Trukikaitis_Postimees, lk 504
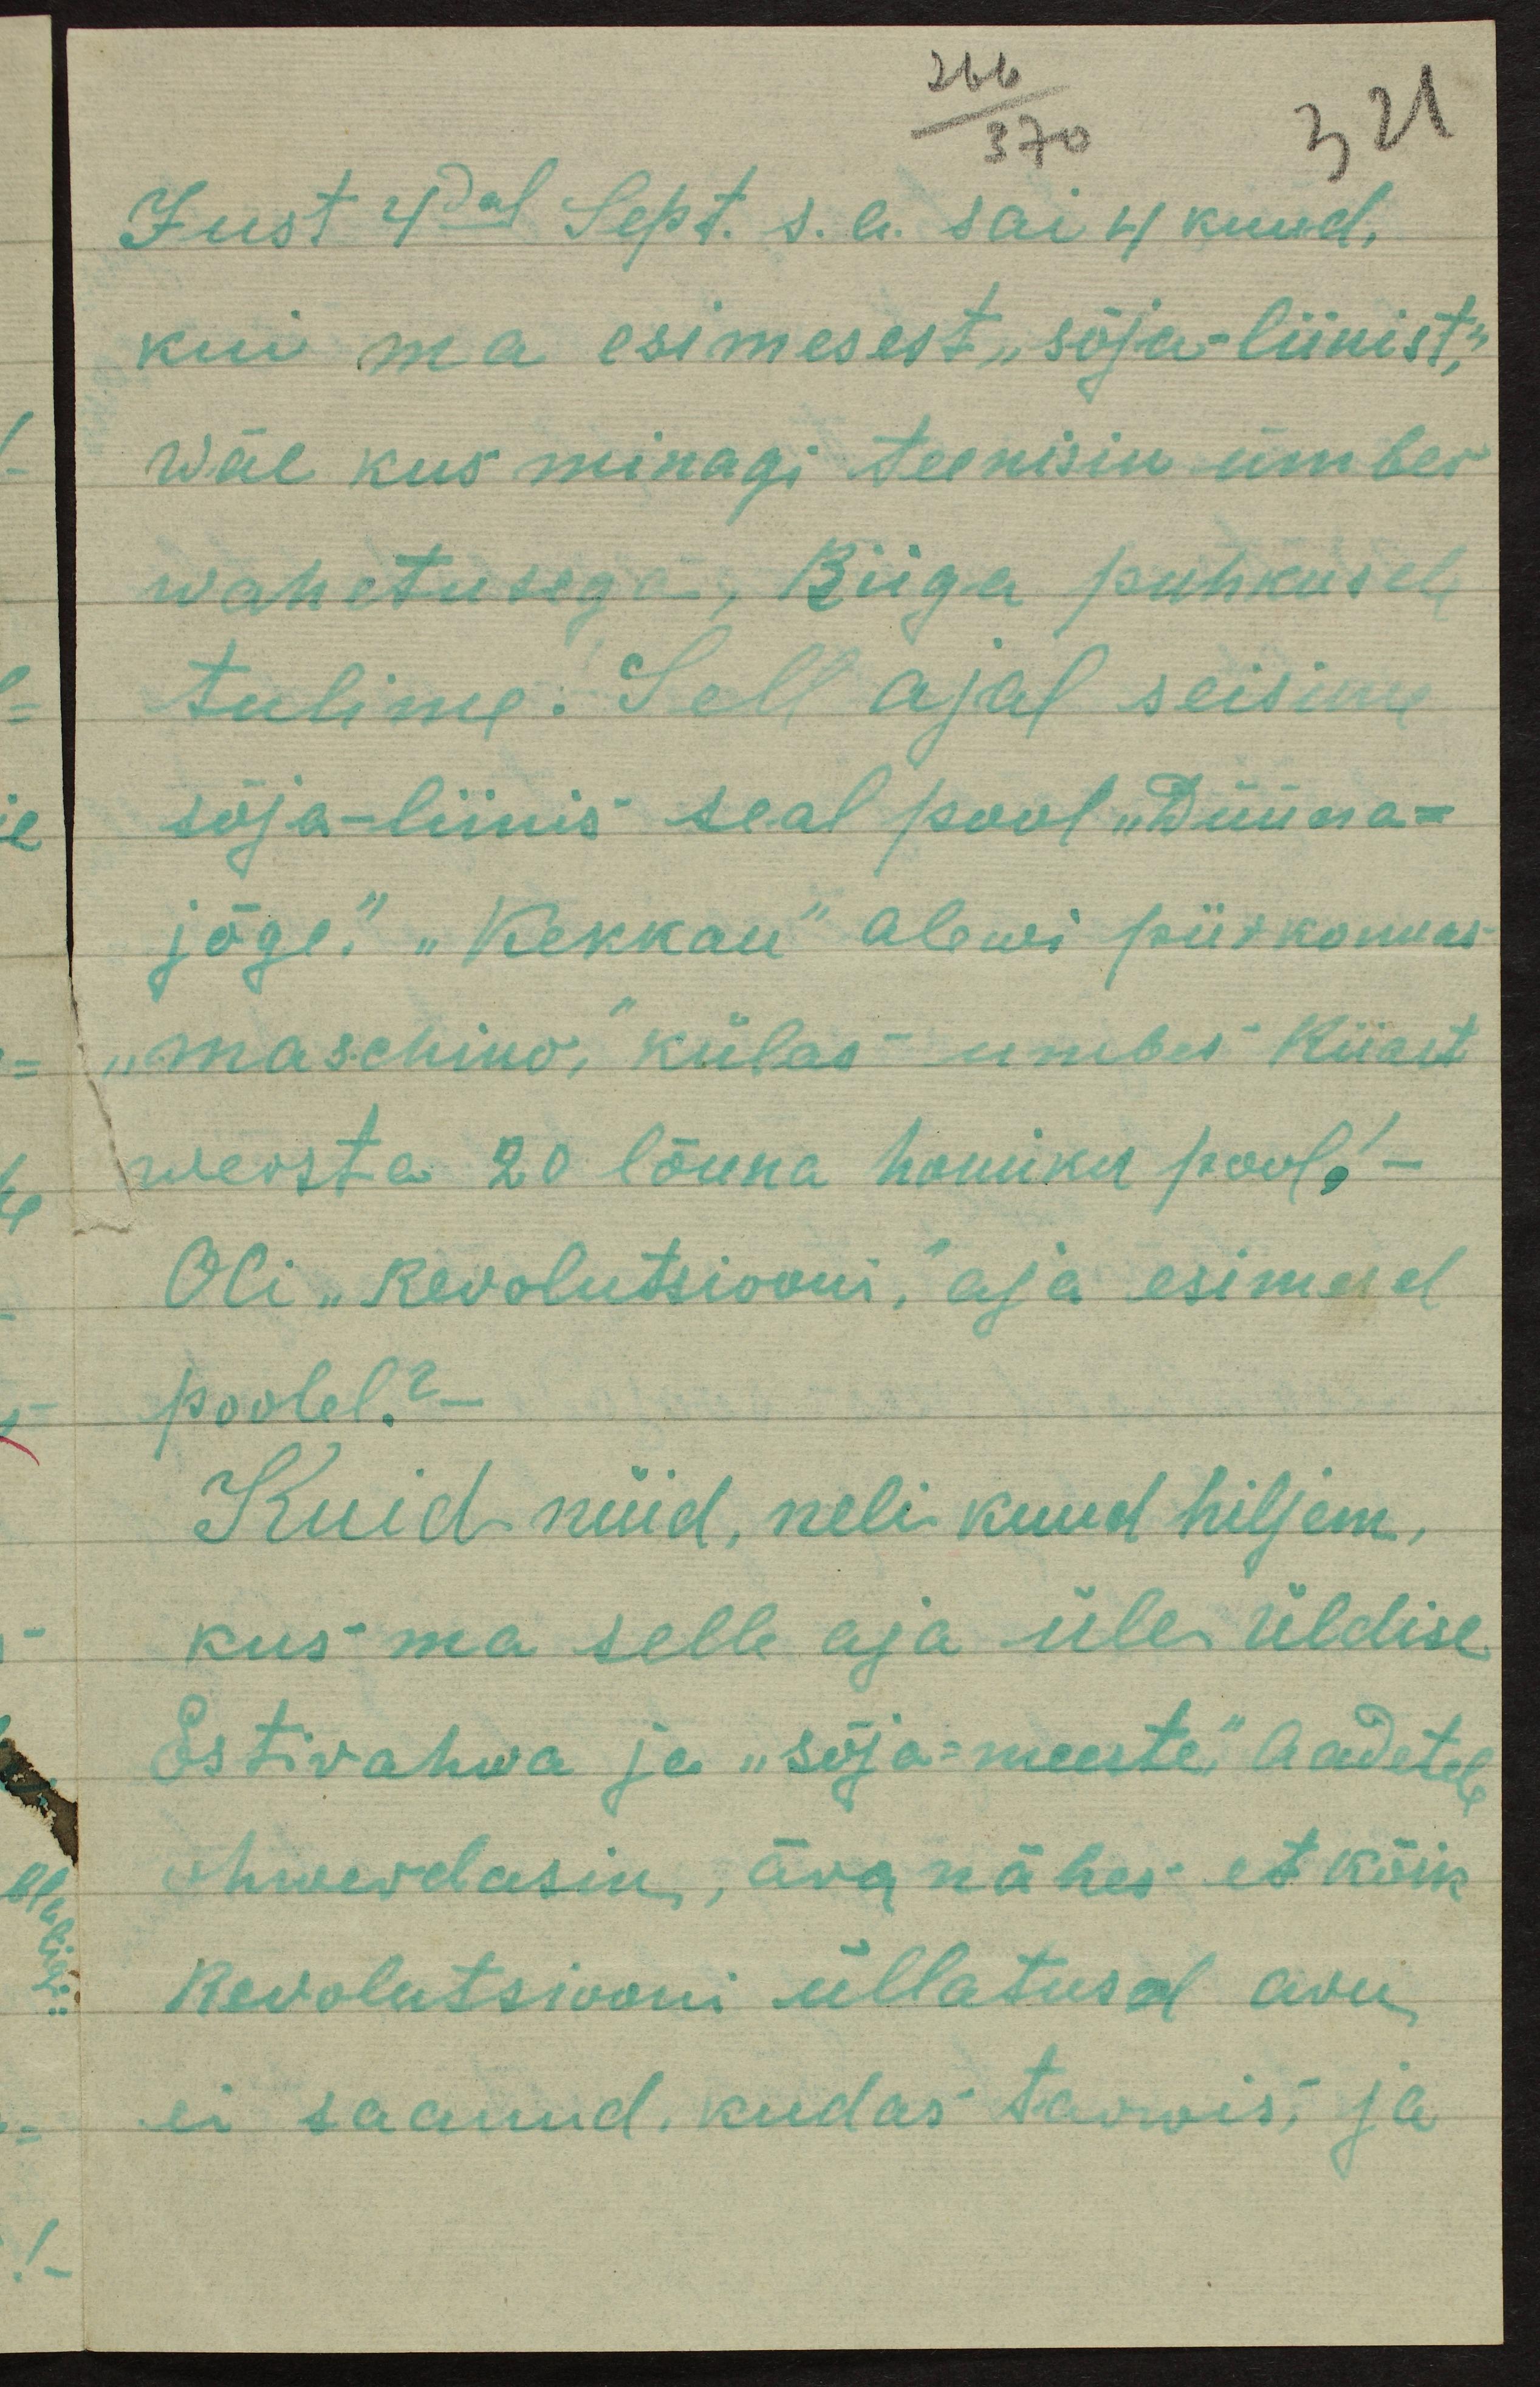
266
370
321
Just 4dal Sept. s. a. sai 4 kuud.
kui ma esimesest "sõja liinist,"
wäe kus minagi teenisin ümber
wahetusega, Riiga puhkusele
tulime. Sell ajal seisime
sõja-liinis seal pool "Düüna-
jõge." "Kekkau" alewi piirkonnas
„maschino," külas umbes Riiast
wersta 20 lõuna homiku pool!-
Oli "Revolutsiooni," aja esimesel
poolel?-
Kuid nüid, neli kuud hiljem,
kus ma selle aja üle üldise
Eestirahwa ja "sõja-meeste" aadetele
ohwerdasin, ära nähes et kõik
Revolutsiooni üllatused aru
ei saanud, kudas tarwis, ja